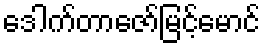
ဒေါက်တာဇော်မြင့်မောင်